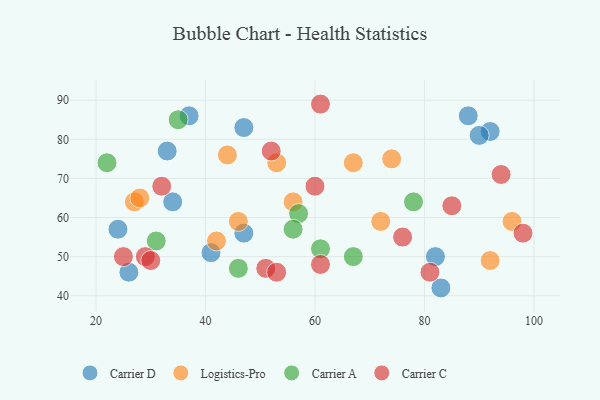
{"axis": {"x": "GDP", "y": "Life Expectancy"}, "legend": ["Carrier A", "Carrier C", "Carrier D", "Logistics-Pro"], "data": [{"x": "24", "y": 57, "type": "Carrier D"}, {"x": "47", "y": 83, "type": "Carrier D"}, {"x": "41", "y": 51, "type": "Carrier D"}, {"x": "92", "y": 82, "type": "Carrier D"}, {"x": "34", "y": 64, "type": "Carrier D"}, {"x": "47", "y": 56, "type": "Carrier D"}, {"x": "83", "y": 42, "type": "Carrier D"}, {"x": "88", "y": 86, "type": "Carrier D"}, {"x": "33", "y": 77, "type": "Carrier D"}, {"x": "90", "y": 81, "type": "Carrier D"}, {"x": "26", "y": 46, "type": "Carrier D"}, {"x": "82", "y": 50, "type": "Carrier D"}, {"x": "37", "y": 86, "type": "Carrier D"}, {"x": "27", "y": 64, "type": "Logistics-Pro"}, {"x": "96", "y": 59, "type": "Logistics-Pro"}, {"x": "56", "y": 64, "type": "Logistics-Pro"}, {"x": "42", "y": 54, "type": "Logistics-Pro"}, {"x": "46", "y": 59, "type": "Logistics-Pro"}, {"x": "44", "y": 76, "type": "Logistics-Pro"}, {"x": "72", "y": 59, "type": "Logistics-Pro"}, {"x": "74", "y": 75, "type": "Logistics-Pro"}, {"x": "92", "y": 49, "type": "Logistics-Pro"}, {"x": "28", "y": 65, "type": "Logistics-Pro"}, {"x": "53", "y": 74, "type": "Logistics-Pro"}, {"x": "67", "y": 74, "type": "Logistics-Pro"}, {"x": "57", "y": 61, "type": "Carrier A"}, {"x": "61", "y": 52, "type": "Carrier A"}, {"x": "56", "y": 57, "type": "Carrier A"}, {"x": "78", "y": 64, "type": "Carrier A"}, {"x": "22", "y": 74, "type": "Carrier A"}, {"x": "35", "y": 85, "type": "Carrier A"}, {"x": "46", "y": 47, "type": "Carrier A"}, {"x": "67", "y": 50, "type": "Carrier A"}, {"x": "31", "y": 54, "type": "Carrier A"}, {"x": "61", "y": 48, "type": "Carrier C"}, {"x": "29", "y": 50, "type": "Carrier C"}, {"x": "85", "y": 63, "type": "Carrier C"}, {"x": "51", "y": 47, "type": "Carrier C"}, {"x": "52", "y": 77, "type": "Carrier C"}, {"x": "30", "y": 49, "type": "Carrier C"}, {"x": "32", "y": 68, "type": "Carrier C"}, {"x": "98", "y": 56, "type": "Carrier C"}, {"x": "60", "y": 68, "type": "Carrier C"}, {"x": "94", "y": 71, "type": "Carrier C"}, {"x": "76", "y": 55, "type": "Carrier C"}, {"x": "25", "y": 50, "type": "Carrier C"}, {"x": "53", "y": 46, "type": "Carrier C"}, {"x": "61", "y": 89, "type": "Carrier C"}, {"x": "81", "y": 46, "type": "Carrier C"}]}